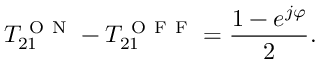
T _ { 2 1 } ^ { \mathrm { ~ O ~ N ~ } } - T _ { 2 1 } ^ { \mathrm { ~ O ~ F ~ F ~ } } = \frac { 1 - e ^ { j \varphi } } { 2 } .